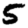
Digit: 5